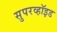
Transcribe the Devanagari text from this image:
सुपरव्हॉइड